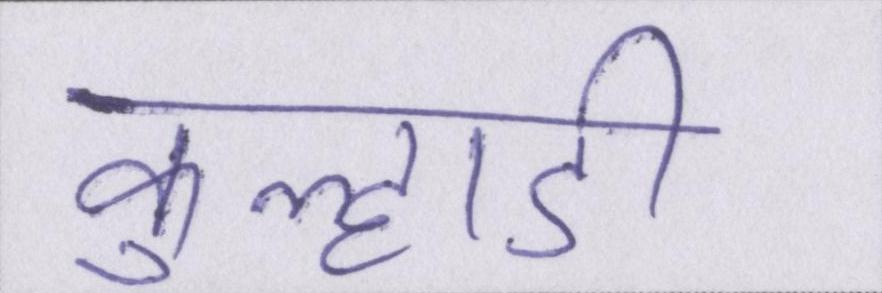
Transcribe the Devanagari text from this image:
कुल्हाड़ी